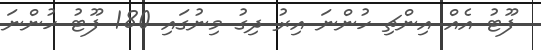
ފޫޓު އެއް އިންޗި ހުންނަ އިރު ދިގު މިނުގައި 180 ފޫޓު ހުންނަ